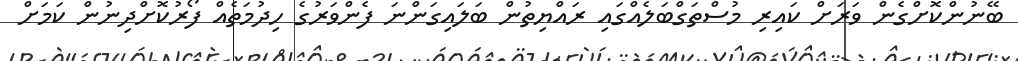
ބޭނުންކޮށްގެން ވަރަށް ކައިރި މުސްތަގްބަލެއްގައި ރައްޔިތުން ބަލައިގަންނަ ފެންވަރުގެ ހިދުމަތެއް ފޯރުކޮށްދިނުން ކަމަށް